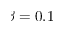
\beta = 0 . 1